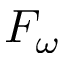
F _ { \omega }